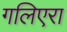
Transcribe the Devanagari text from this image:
गलिएरा